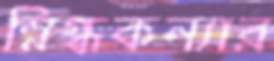
স্নিগ্ধকন্যার